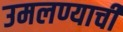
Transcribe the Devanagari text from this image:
उमलण्याची